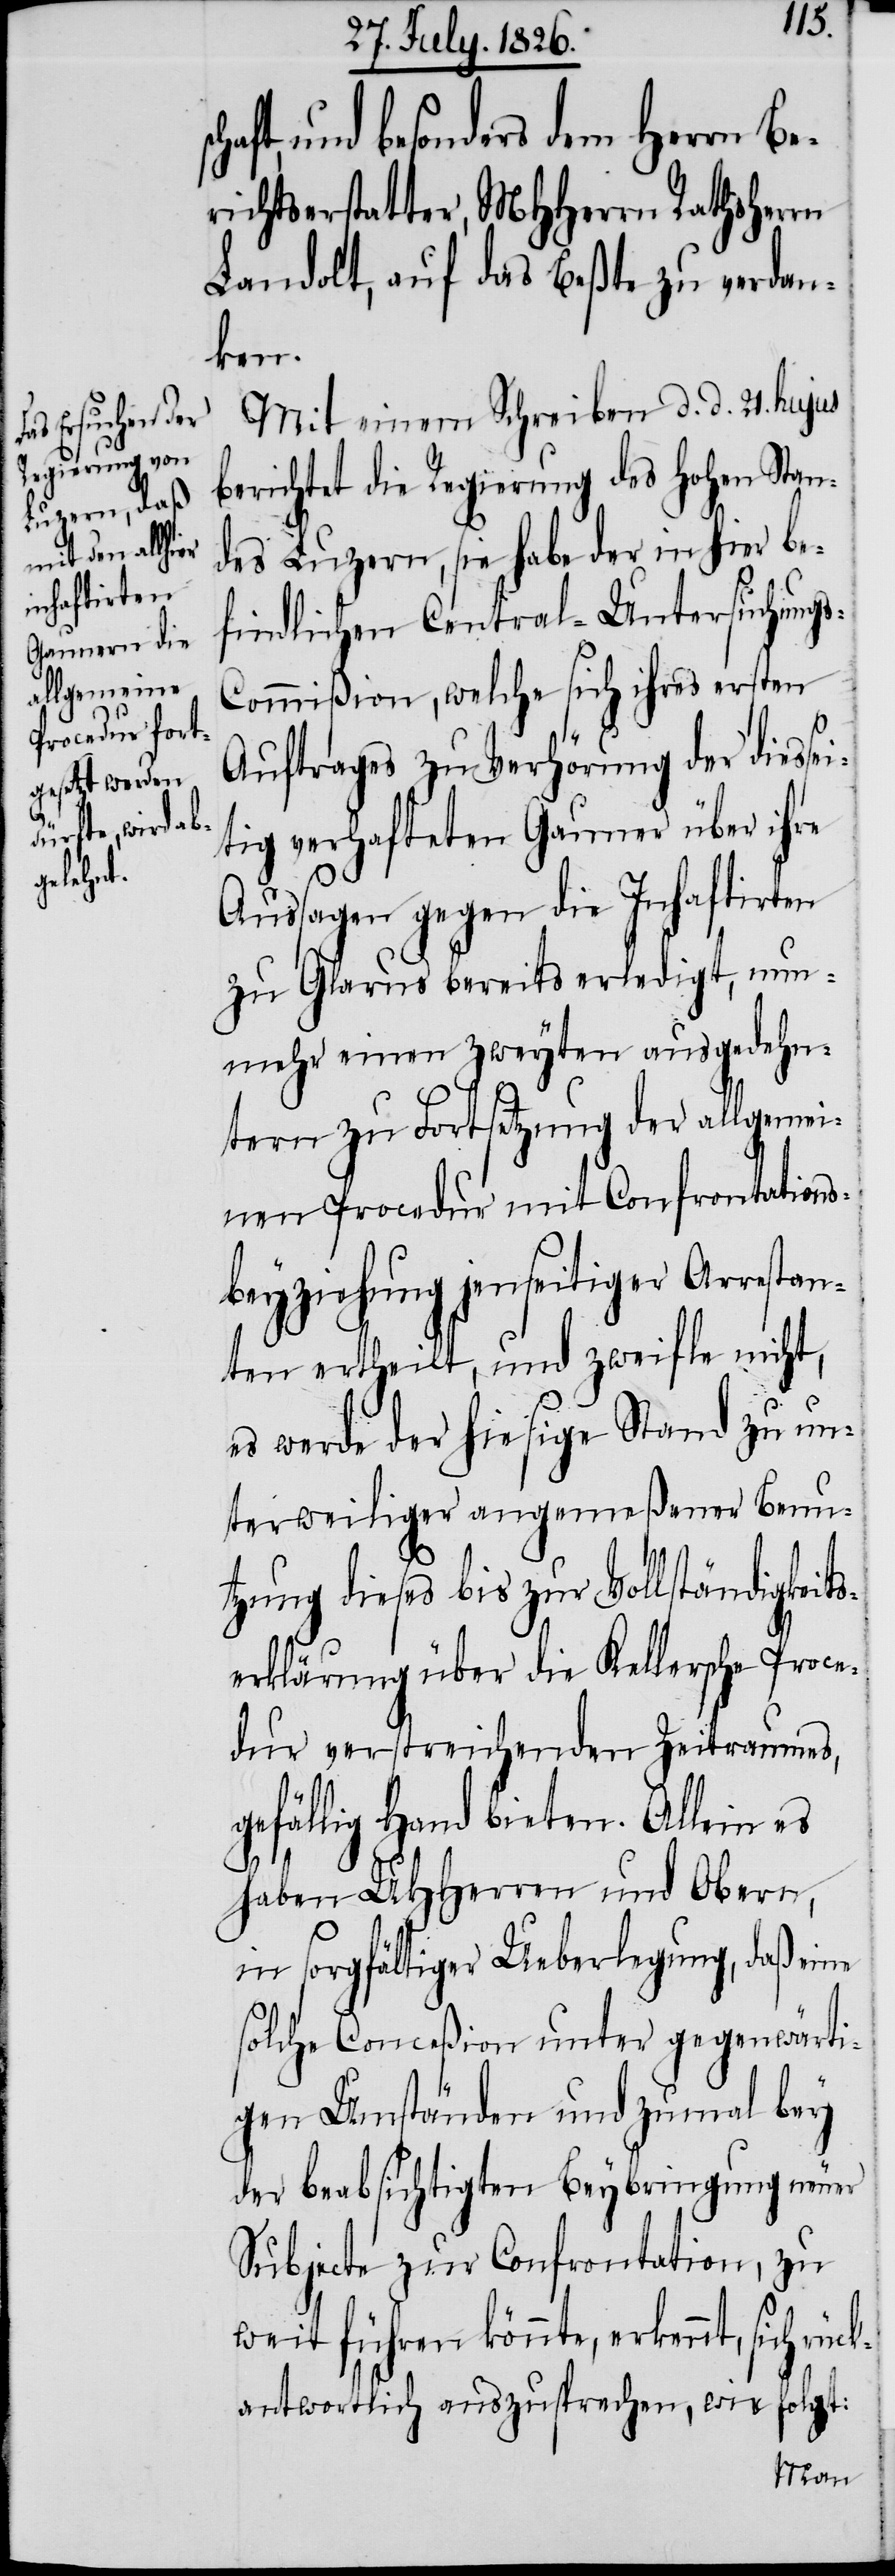
sei¬
haft, und besonders dem Herrn Be¬
richtserstatter, MHHerrn Rathsherrn
Landolt, auf das Beßte zu verdan¬
ken.
Mit Schreiben d. d. 21. hujus
berichtet die Regierung des hohen Stan¬
des Luzern, sie habe der in hier be¬
findlichen Central-Untersuchung¬
s-Commißion, welche sich ihres ersten
Auftrages zu Verhörung der dies¬
tig verhafteten Gauner über ihre
Aussagen gegen die Inhaftirten
zu Glarus bereits erledigt, nun¬
mehr einen zweyten ausgedehn¬
tern zu Fortsetzung der allgemei¬
nen Procedur mit Confrontations¬
beyziehung jenseitiger Arrestan¬
ten ertheilt, und zweifle nicht,
es werde der hiesige Stand zu un¬
terweiliger angemeßener Benu¬
tzung dieses bis zur Vollständigkeit¬
serklärung über die Kellersche Proce¬
dur verstreichenden Zeitraumes,
gefällig Hand bieten. Allein es
haben MHHerren und Obern,
in sorgfältiger Ueberlegung, daß eine
solche Conceßion unter gegenwärti¬
gen Umständen und zumal bey
der beabsichtigten Beybringung neuer
Subjecte zur Confrontation, zu
weit führen könnte, erkennt, sich rü¬
ckantwortlich auszusprechen, wie folgt: